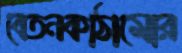
বেতনকাঠামোর